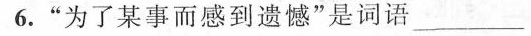
6.”为了某事而感到遗憾”是词语___